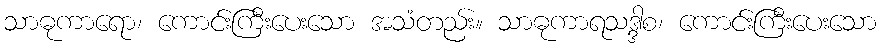
သာဓုကာရော၊ ကောင်းကြီးပေးသော အသံတည်း။ သာဓုကာရသဒ္ဒါစ၊ ကောင်းကြီးပေးသော